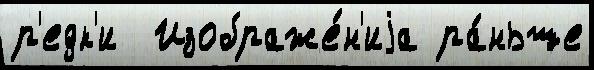
р'едк'и  Изображе́н'иjа ра́ньше